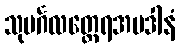
သုမင်္ဂလတ္ထေရအပဒါနံ